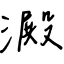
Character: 澱